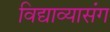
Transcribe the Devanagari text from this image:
विद्याव्यासंग